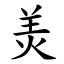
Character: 羙